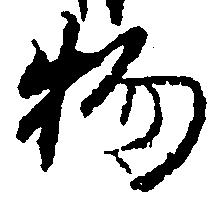
物